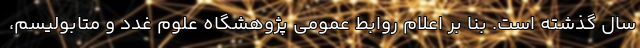
سال گذشته است. بنا بر اعلام روابط عمومی پژوهشگاه علوم غدد و متابولیسم،